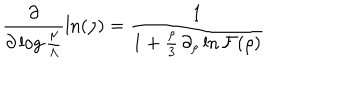
\frac { \partial } { \partial \log \frac { \mu } { \Lambda } } \ln ( \rho ) = \frac { 1 } { 1 + \frac { \rho } { 3 } \, \partial _ { \rho } \ln { \cal F } ( \rho ) }